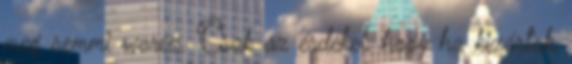
meg semmi warez. Csak az érdekel, hogy ha kizártak,